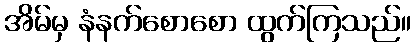
အိမ်မှ နံနက်စောစော ထွက်ကြသည်။